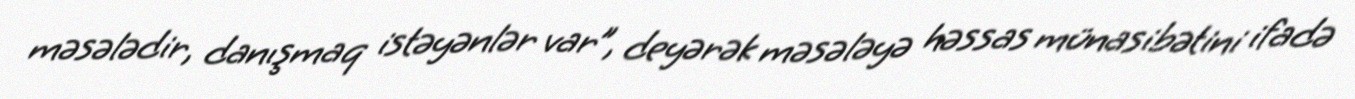
məsələdir, danışmaq istəyənlər var”, deyərək məsələyə həssas münasibətini ifadə